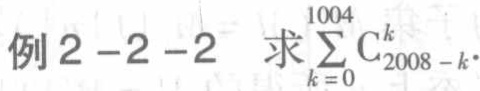
例2-2-2 求$\sum_{k = 0}^{1004} \mathrm{C}_{2008 - k}^{k}$